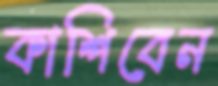
কাশিবেন